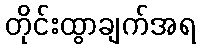
တိုင်းထွာချက်အရ